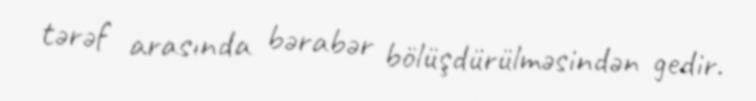
tərəf arasında bərabər bölüşdürülməsindən gedir.